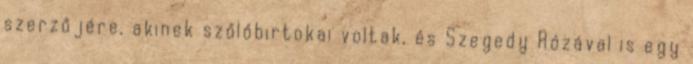
szerzőjére, akinek szőlőbirtokai voltak, és Szegedy Rózával is egy